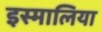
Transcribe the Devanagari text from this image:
इस्मालिया